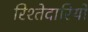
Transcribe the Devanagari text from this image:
रिश्तेदारियों